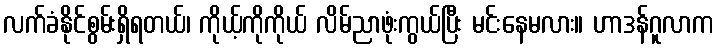
လက်ခံနိုင်စွမ်းရှိရတယ်၊ ကိုယ့်ကိုကိုယ် လိမ်ညာဖုံးကွယ်ပြီး မင်းနေမလား။ ဟာဒန်ဂူလာက